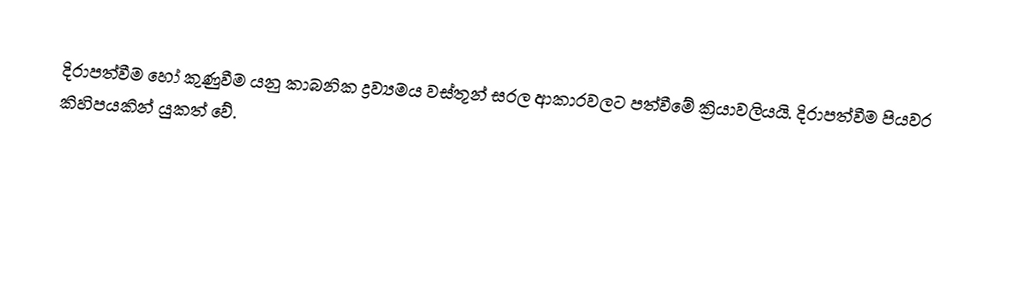
දිරාපත්වීම හෝ කුණුවීම යනු කාබනික ද්‍රව්‍යමය වස්තූන් සරල ආකාරවලට පත්වීමේ ක්‍රියාවලියයි. දිරාපත්වීම පියවර කිහිපයකින් යුකත් වේ.